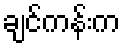
ချင်ကန်းက